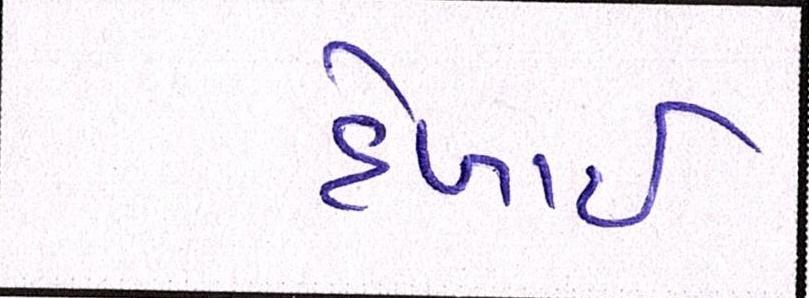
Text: દેખાઈ